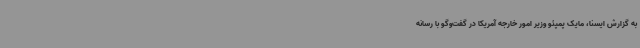
به گزارش ایسنا، مایک پمپئو وزیر امور خارجه آمریکا در گفت‌وگو با رسانه